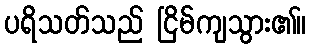
ပရိသတ်သည် ငြိမ်ကျသွား၏။